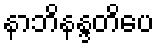
နာဘိနန္ဒတိပေ